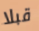
قبلا